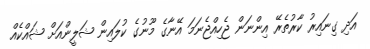
އަދި ގިނައިރު ކާރުތެރޭ އިންނަން ޖެހިއްޖެނަމަ އޭނާގެ މޫނުގެ ކުލައިން ޝަލީންއަށް ޝައްކެއް